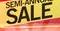
sale